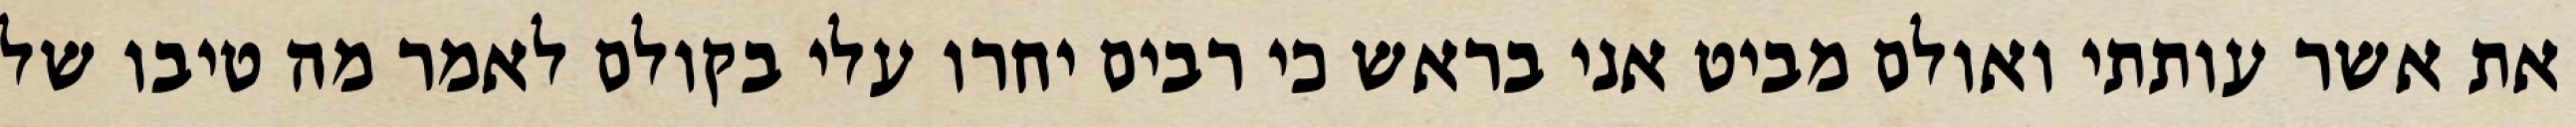
את אשר עותתי ואולם מביט אני בראש כי רבים יחרו עלי בקולם לאמר מה טיבו של